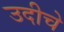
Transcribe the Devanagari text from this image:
उदीचे